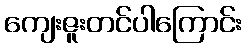
ကျေးဇူးတင်ပါကြောင်း